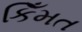
કિઁમત